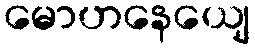
မောဟနေယျေ